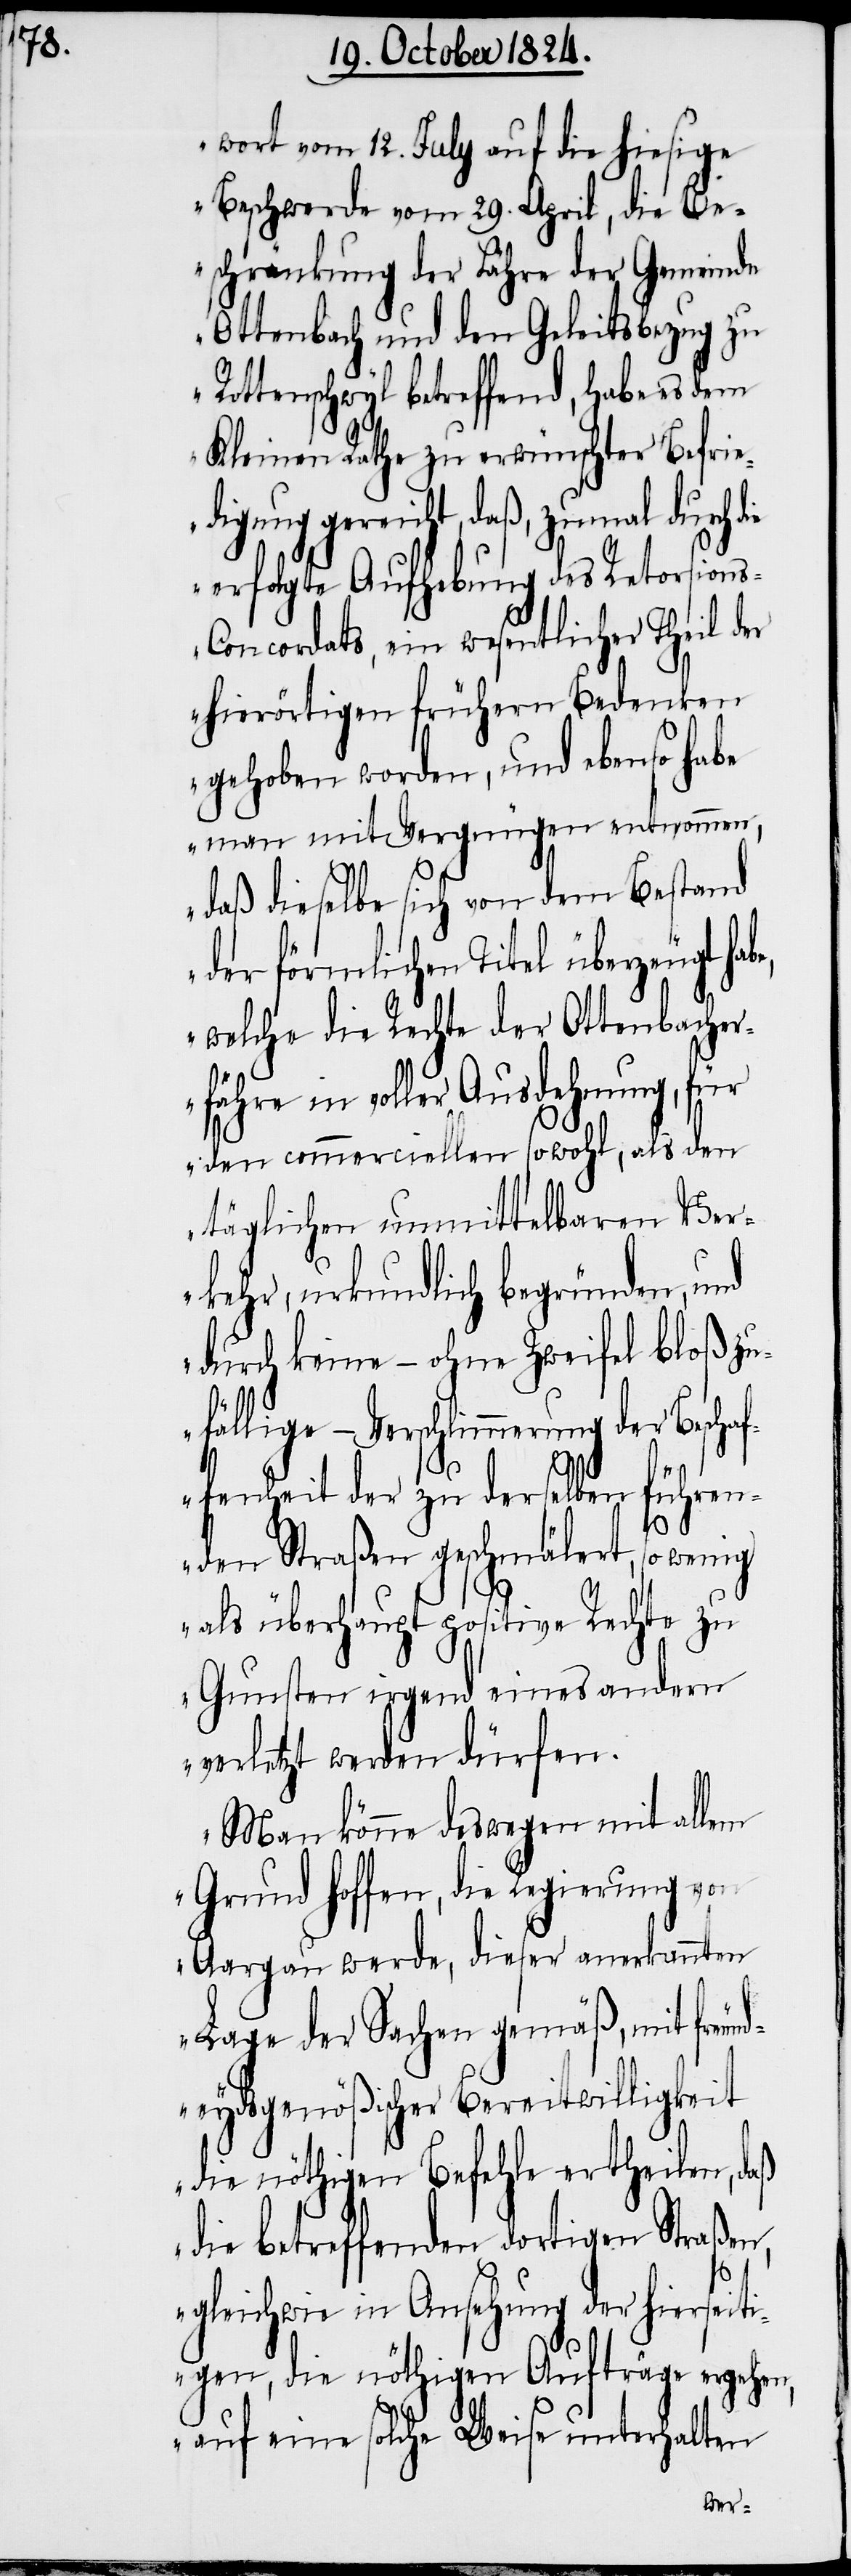
wort vom 12. July auf die hiesige
Beschwerde vom 29. April, die Be¬
schränkung der Fähre der Gemeinde
Ottenbach und den Geleitsbezug zu
Rottenschweil betreffend, habe es dem
Kleinen Rathe zu erwünschter Befrie¬
digung gereicht, daß, zumal durch
erfolgte Aufhebung des Retorsion¬
s-Concordats, ein wesentlicher Theil der
hierörtigen frühern Bedenken
gehoben worden, und ebenso habe
man mit Vergnügen entnommen,
daß dieselbe sich von dem Bestand
der förmlichen Titel überzeugt
welche die Rechte der Ottenbacher¬
fähre in voller Ausdehnung, für
den commerciellen sowohl, als den
täglichen unmittelbaren Ver¬
kehr, urkundlich begründen, und
durch keine – ohne Zweifel bloß zu¬
fällige – Verschlimmerung der Bescha¬
ffenheit der zu derselben führen¬
den Straßen geschmälert, so wenig
als überhaupt positive Rechte zu
Gunsten irgend eines andern
verletzt werden dürfen.
Man könne deswegen mit allem
Grund hoffen, die Regierung von
Aargau werde, dieser anerkannten
Lage der Sachen gemäß, mit freun¬
deydsgenößischer Bereitwilligkeit
die nöthigen Befehle ertheilen, daß
die betreffenden dortigen Straßen,
gleichwie in Ansehung der hierseiti¬
gen, die nöthigen Aufträge ergehen,
auf eine solche Weise unterhalten